Tartu_pedagoogiumi_aruanded, lk 7
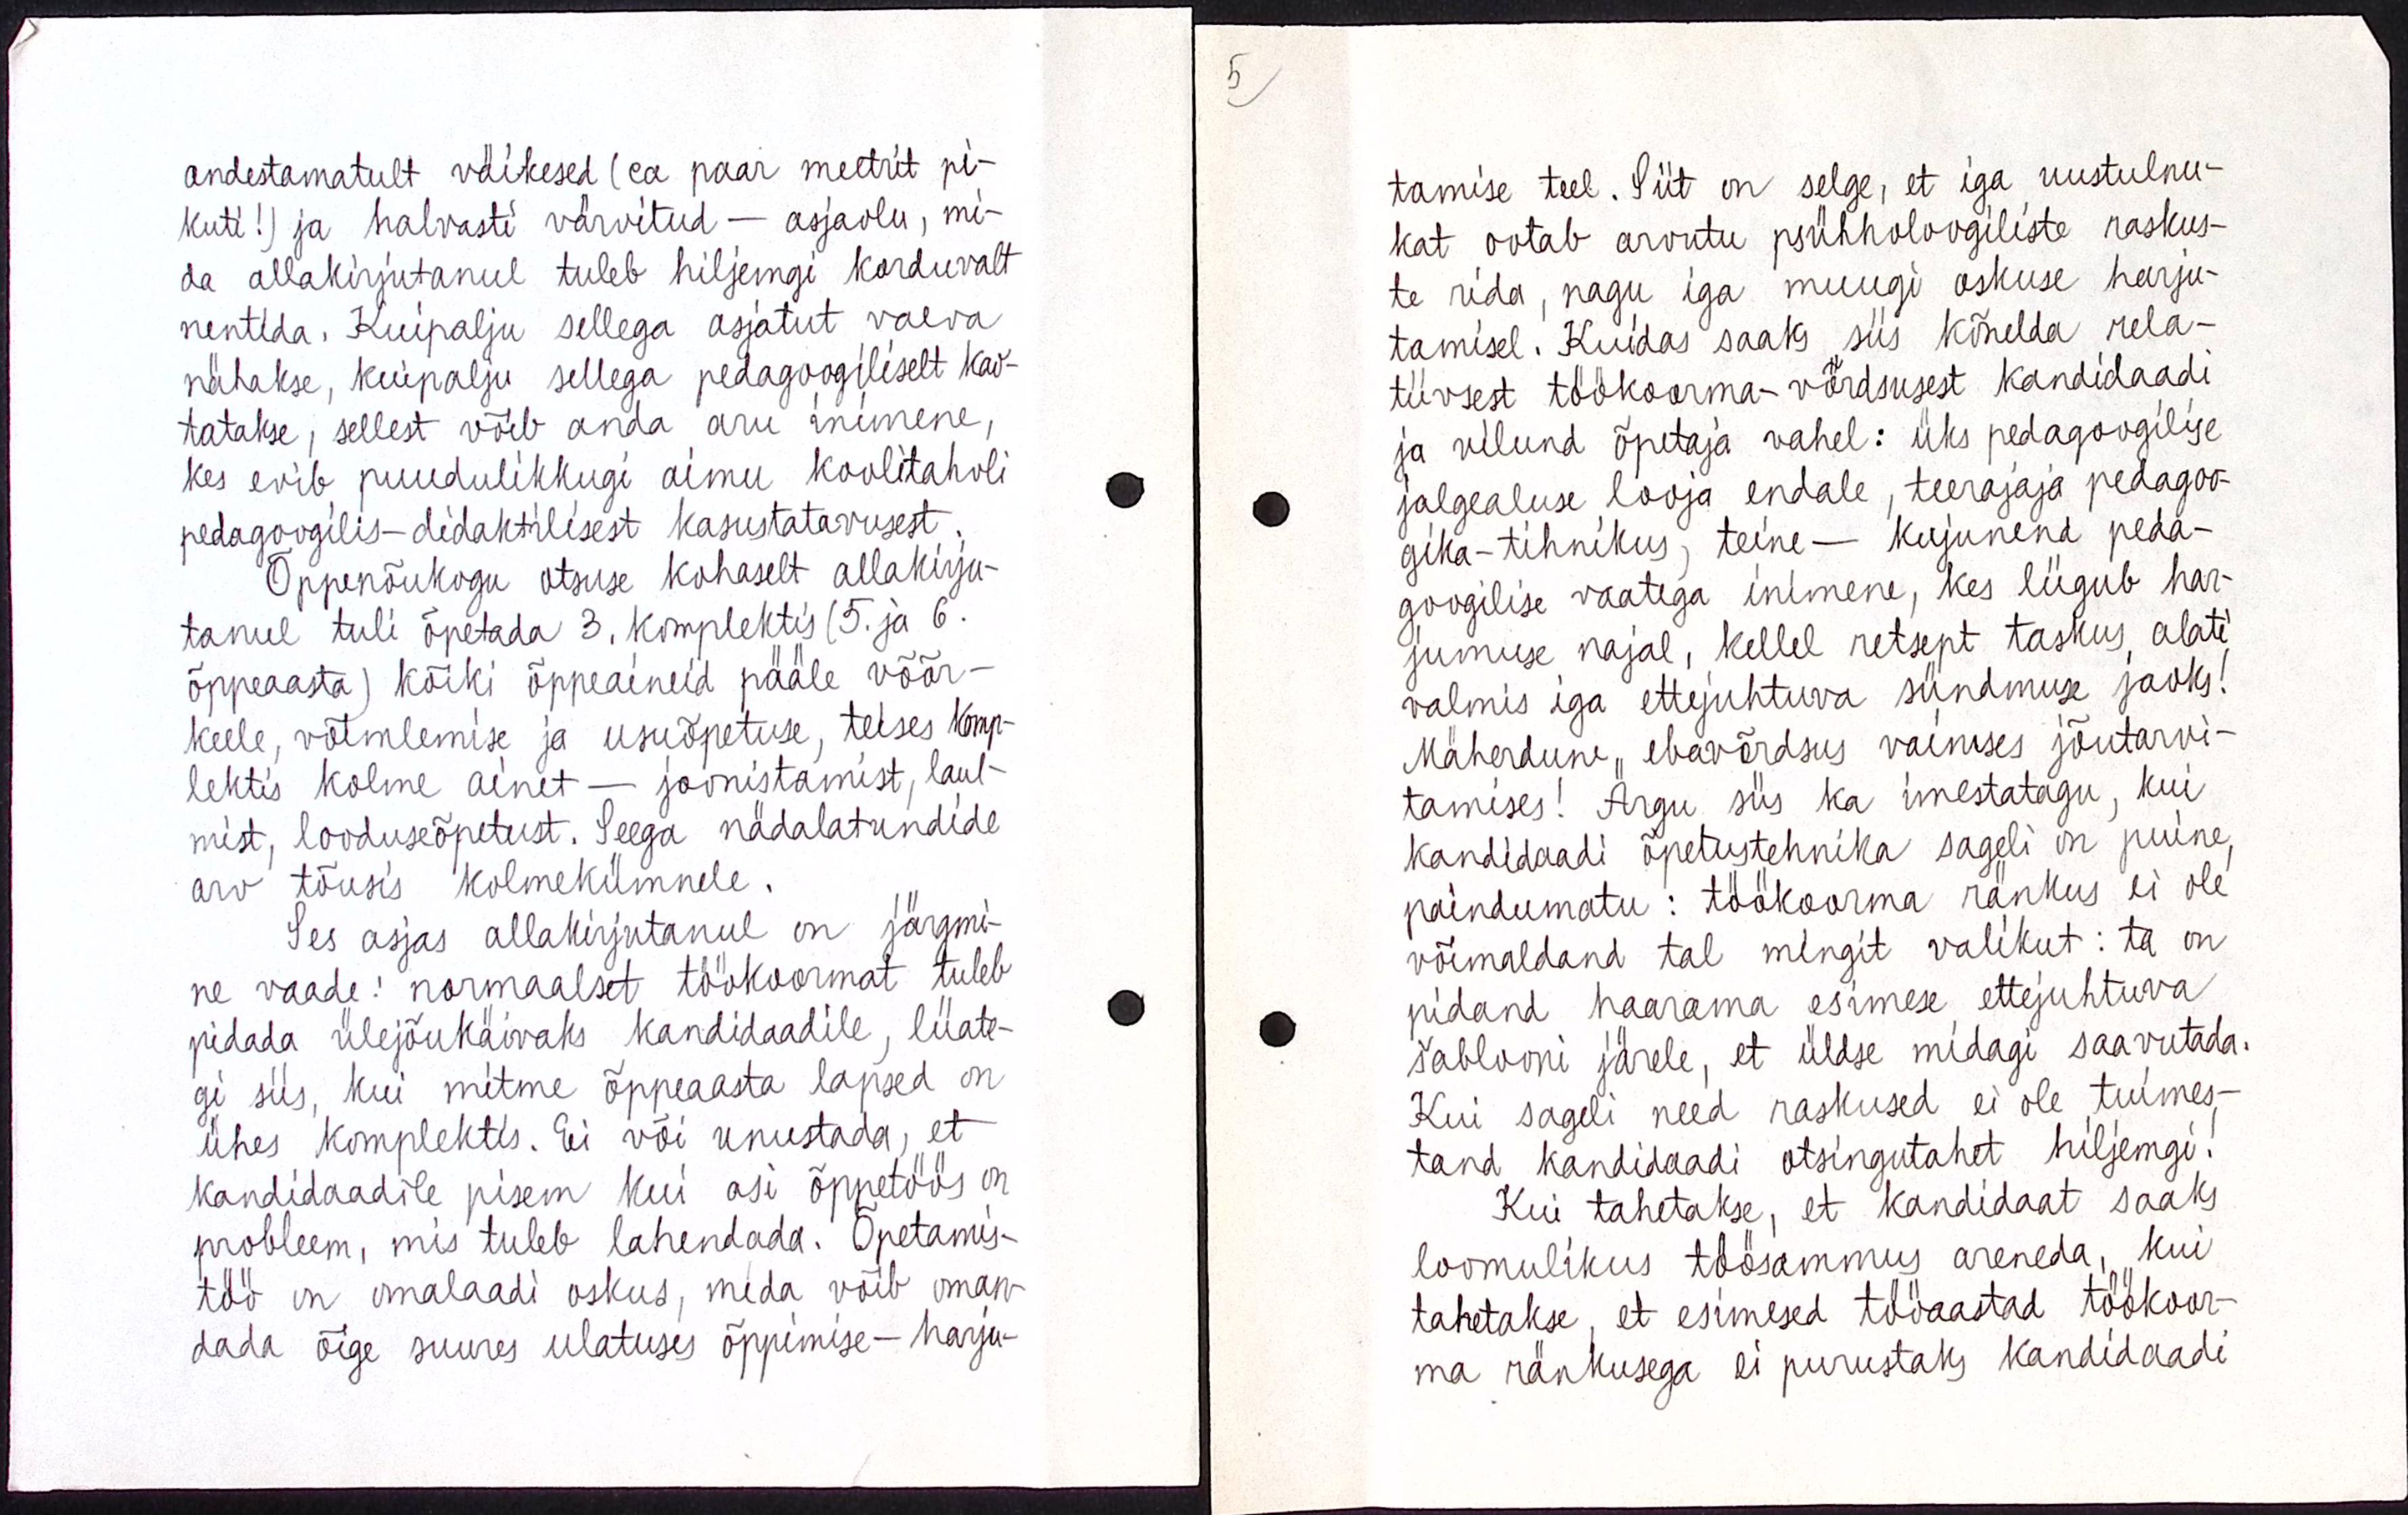
Andestamatult väikesed ( ea paar meetrit pi-
kuti! ) ja halvasti värvitud - asjaolu, mi-
da allakirjutanul tuleb hiljemgi korduvalt
nentida. Kuipalju sellega asjatult vaeva
nähakse, kuipalju sellega pedagoogiliselt kao-
tatakse, sellest võib anda aru inimene, 
kes evib puudulikkugi aimu koolitahvli
pedagoogilis-didaktilisest kasutatavusest.
Õppenõukogu otsuse kohaselt allakirju-
tanul tuli õpetada 3. komplektis ( 5. ja 6.
õppeaasta ) kõiki õppeaineid pääle võõr-
keele, võimlemise ja usuõpetuse, teises komp-
lektis kolme ainet - joonistamist, laul-
mist, loodusõpetust. Seega nädalatundide
arv tõusis kolmekümnele.
Ses ajas allakirjutanule on järgmi-
ne vaade : normaalset töökoormat tuleb
pidada ülejõukäivaks kandidaadile, liiate-
gi siis, kui mitme õppeaasta lapsed on
ühes komplektis. Ei või unustada, et
kandidaadile pisem kui asi õppetöös on
probleem, mis tuleb lahendada. Õpetamis-
töö on omalaadi oskus, mida võib oman-
dada õige suures ulatuses õppimise-harju-

tamise teel. Siit on selge, et iga uustulnu-
kat ootab arvutu psühholoogiliste raskus-
te rida, nagu iga muugi oskuse harju-
tamisel. Kuidas saaks siis kõnelda rela-
tiivsest töökoorma-võrdsusest kandidaadi
ja vilunud õpetaja vahel : üks pedagoogilise
jalgealuse looja endale, teerajaja pedagoo-
gika-tihnikus, teine - kujunend peda-
googilise vaatega inimene, kes liigub har-
jumise najal, kellel retsept taskus alati
valmis iga ettejuhtuva sündmuse jaoks!
Mäherdune ebavõrdsus vaimses jõutarvi-
tamises! Ärgu siis ka imestatagu, kui
kandidaadi õpetustehnika sageli on puine,
paindumatu : töökoorma ränkus ei ole
võimaldand tal mingit valikut : ta on
pidanud haarama esimese ettejuhtuva
šablooni järele, et üldse midagi saavutada.
Kui sageli need raskused ei ole tuimes-
tand kandidaadi otsingutahet hiljemgi!
Kui tahetakse, et kandidaat saaks
loomulikus töösammus areneda, kui
tahetakse, et esimesed tööaastad töökoor-
ma ränkusega ei purustaks kandidaadi